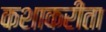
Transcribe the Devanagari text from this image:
कशाकरीता